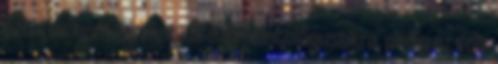
ezt már nem varrhatják a szcientológusokra, pedig ez volt